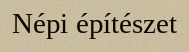
Népi építészet